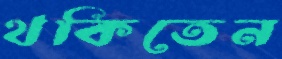
থকিতেন